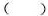
( )